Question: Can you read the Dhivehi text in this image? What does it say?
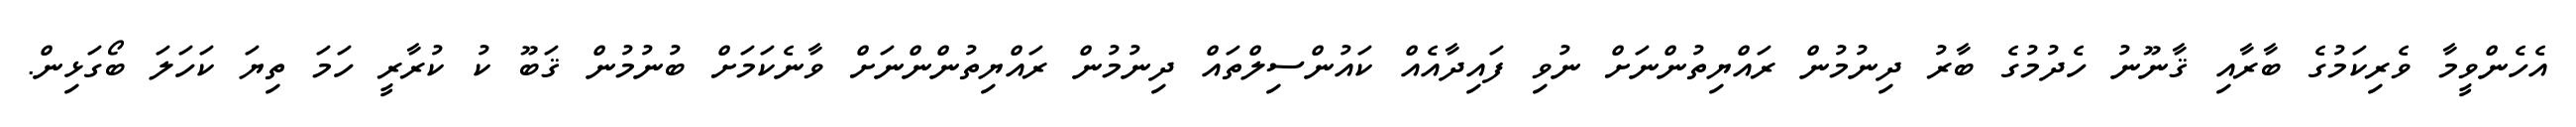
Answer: އެހެންވީމާ ވެރިކަމުގެ ބާރާއި ޤާނޫނު ހެދުމުގެ ބާރު ދިނުމުން ރައްޔިތުންނަށް ނުވި ފައިދާއެއް ކައުންސިލްތައް ދިނުމުން ރައްޔިތުންންނަށް ވާނެކަމަށް ބުނުމުން ޤަބޫ ކު ކުރާރީ ހަމަ ތިޔަ ކަހަލަ ބޯގަޅިން.